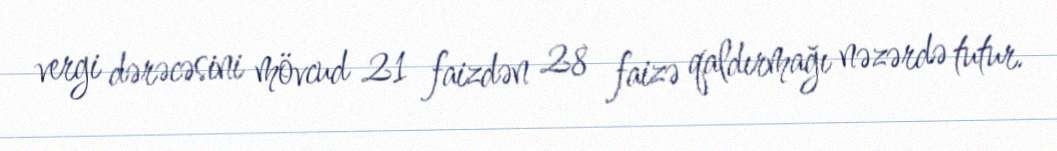
vergi dərəcəsini mövcud 21 faizdən 28 faizə qaldırmağı nəzərdə tutur.